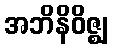
အဘိနိဝိဇ္ဈ